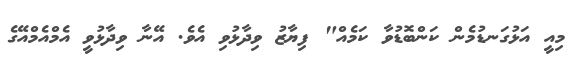
މިއީ އަޅުގަނޑުމެން ކަންބޮޑުވާ ކަމެއް" ފިޔާޒު ވިދާޅުވި އެވެ. އޭނާ ވިދާޅުވީ އެމްއެމްއޭގެ